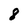
Character: 8